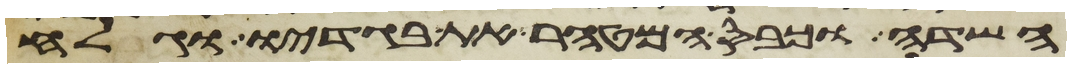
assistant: השדה וכבס המטהר את בגדיו וגלח